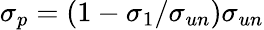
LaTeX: \sigma_{p}=(1-\sigma_{1}/\sigma_{un})\sigma_{un}